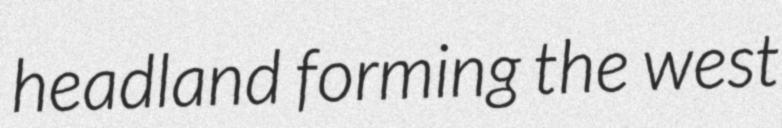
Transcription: headland forming the west